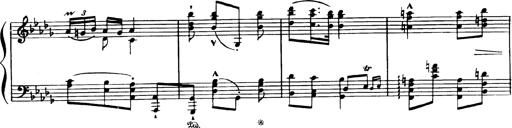
Title: Magyar dalok
Composer: Franz Liszt